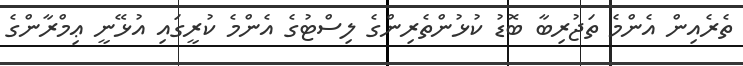
ތެރެއިން އެންމެ ތަޖުރިބާ ބޮޑު ކުޅުންތެރިންގެ ލިސްޓުގެ އެންމެ ކުރީގައި އުޅޭނީ ޢިމްރާންގެ